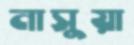
নাসুয়া